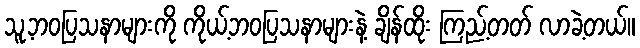
သူ့ဘဝပြသနာများကို ကိုယ့်ဘဝပြသနာများနဲ့ ချိန်ထိုး ကြည့်တတ် လာခဲ့တယ်။